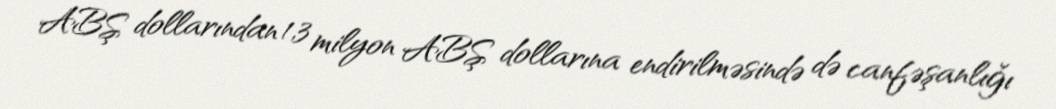
ABŞ dollarından 1,3 milyon ABŞ dollarına endirilməsində də canfəşanlığı